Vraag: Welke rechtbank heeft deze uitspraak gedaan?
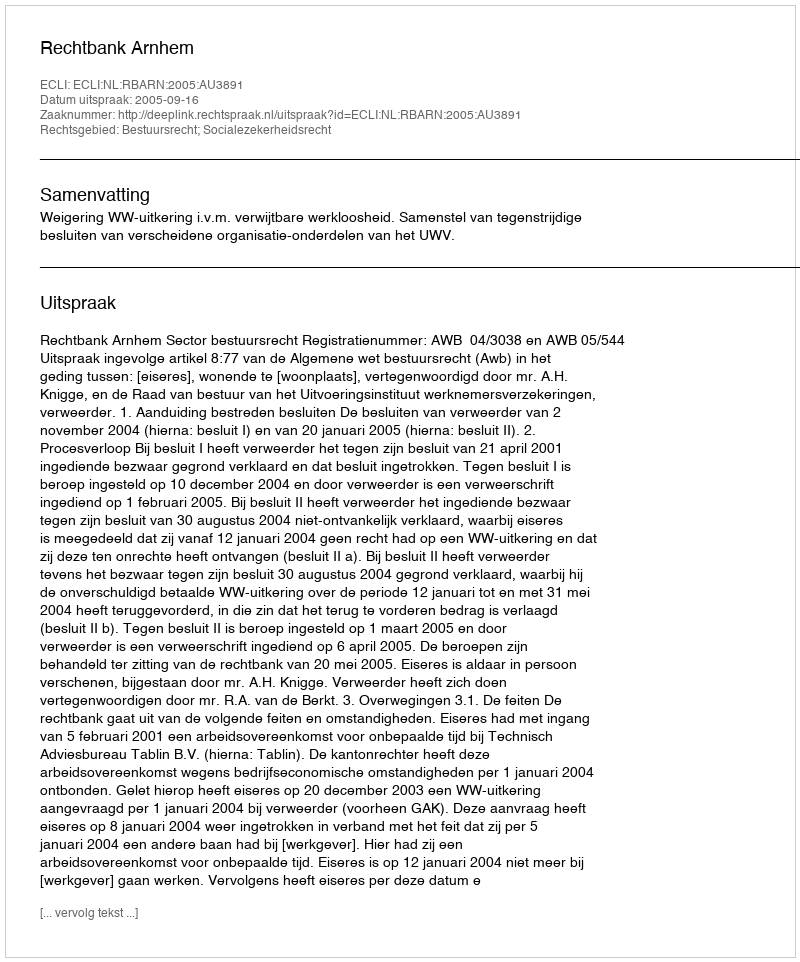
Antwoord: Rechtbank Arnhem